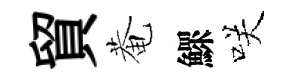
貿菴鰥咲